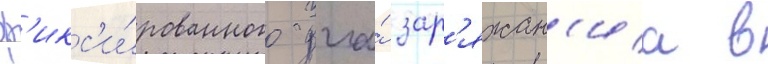
ф'икс'и́рованного угла́ зар'яжан'иа в